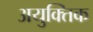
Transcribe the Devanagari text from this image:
अयुक्तिक